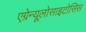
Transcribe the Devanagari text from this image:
एग्रेन्यूलोसाइटोसिस